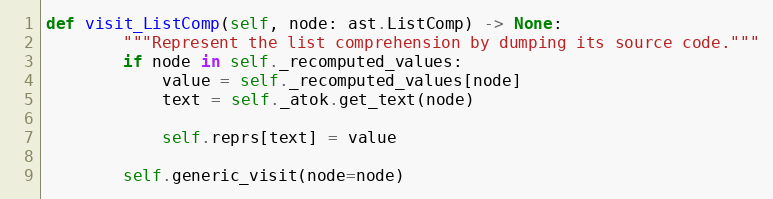
Language: Python
def visit_ListComp(self, node: ast.ListComp) -> None:
        """Represent the list comprehension by dumping its source code."""
        if node in self._recomputed_values:
            value = self._recomputed_values[node]
            text = self._atok.get_text(node)

            self.reprs[text] = value

        self.generic_visit(node=node)